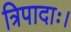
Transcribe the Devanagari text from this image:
त्रिपादाः।